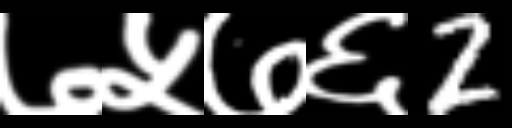
Text: ७५७६2